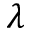
\lambda